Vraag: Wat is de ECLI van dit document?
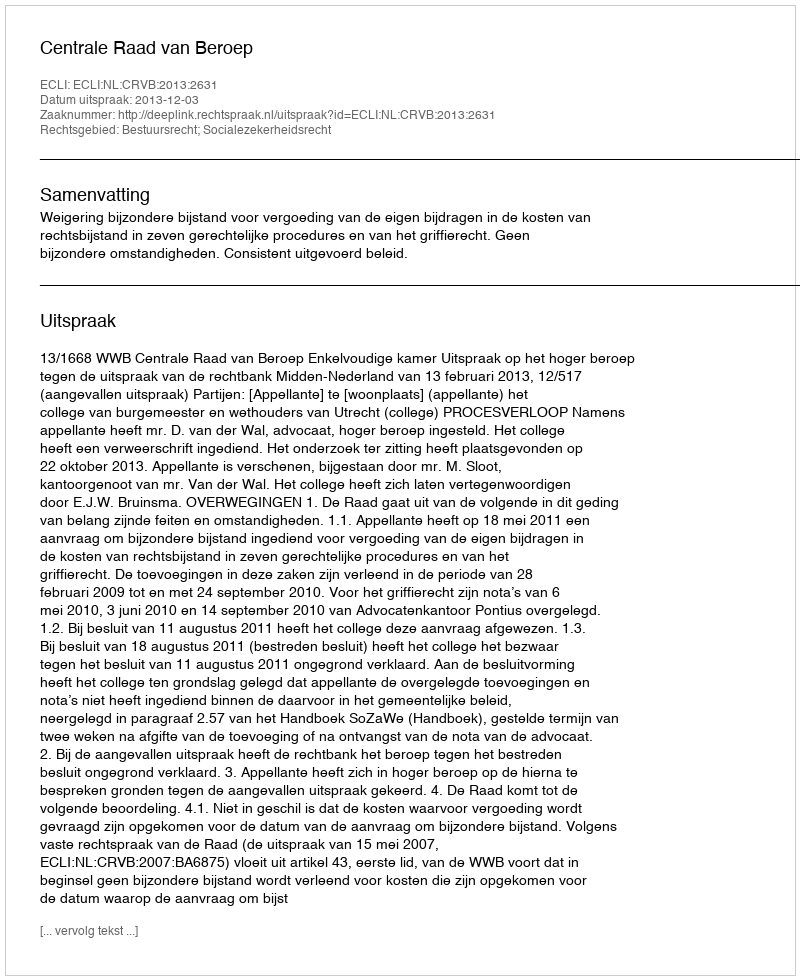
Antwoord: ECLI:NL:CRVB:2013:2631